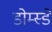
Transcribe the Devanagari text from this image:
डोम्स्डे